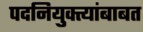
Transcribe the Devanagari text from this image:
पदनियुक्त्यांबाबत